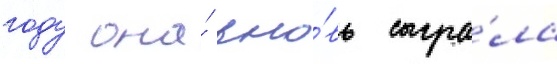
году она́ вно́вь сыгра́ла